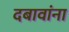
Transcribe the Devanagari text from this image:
दबावांना